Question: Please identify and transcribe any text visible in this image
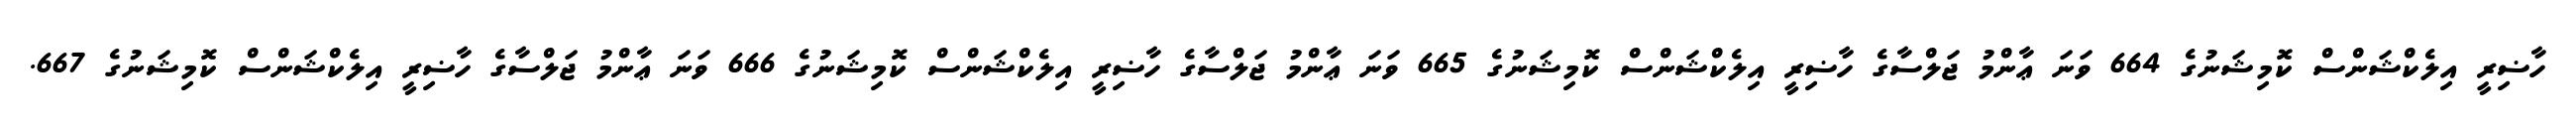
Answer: ހާޟިރީ އިލެކްޝަންސް ކޮމިޝަނުގެ 664 ވަނަ ޢާންމު ޖަލްސާގެ ހާޟިރީ އިލެކްޝަންސް ކޮމިޝަނުގެ 665 ވަނަ ޢާންމު ޖަލްސާގެ ހާޟިރީ އިލެކްޝަންސް ކޮމިޝަނުގެ 666 ވަނަ ޢާންމު ޖަލްސާގެ ހާޟިރީ އިލެކްޝަންސް ކޮމިޝަނުގެ 667.